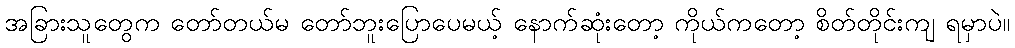
အခြားသူတွေက တော်တယ်မ တော်ဘူးပြောပေမယ့် နောက်ဆုံးတော့ ကိုယ်ကတော့ စိတ်တိုင်းကျ ရမှာပဲ။